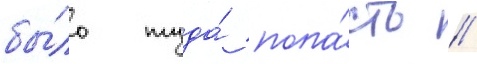
бы́ло туда́ попа́сть //